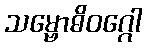
သမ္ဗောဓိဝဂ္ဂေါ